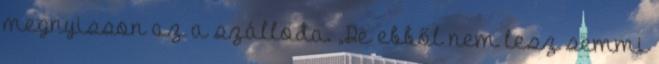
megnyisson az a szálloda. „De ebből nem lesz semmi